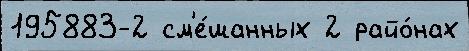
195883-2 см'е́шанных 2 райо́нах